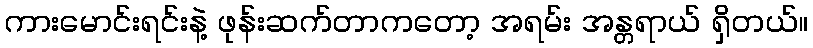
ကားမောင်းရင်းနဲ့ ဖုန်းဆက်တာကတော့ အရမ်း အန္တရာယ် ရှိတယ်။